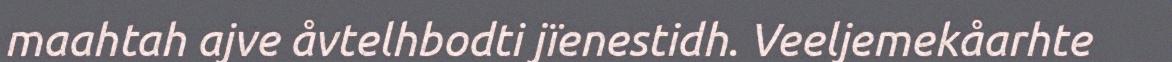
maahtah ajve åvtelhbodti jïenestidh. Veeljemekåarhte